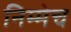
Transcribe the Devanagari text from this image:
निम्मेच